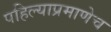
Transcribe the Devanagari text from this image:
पहिल्याप्रमाणेच